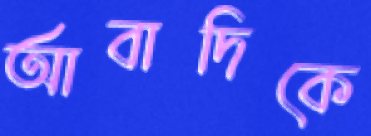
আবাদিকে